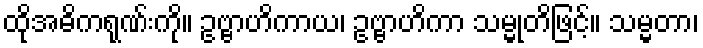
ထိုအဓိကရုဏ်းကို။ ဥဗ္ဗာဟိကာယ၊ ဥဗ္ဗာဟိကာ သမ္မုတိဖြင့်။ သမ္မတာ၊